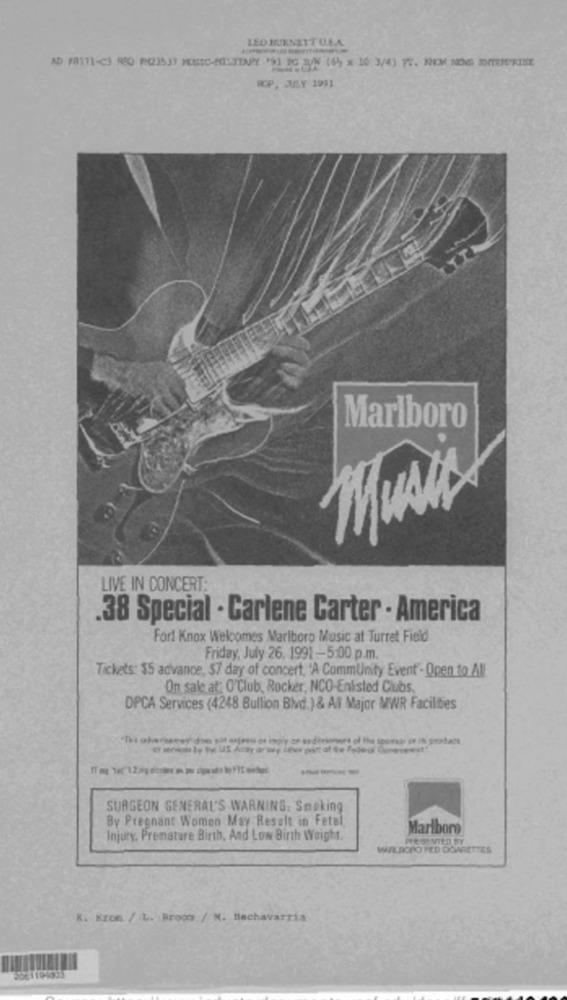
LED BURNETTU.S.A.
AD 18111-C3 RCO PM2353) HEHEC-MILITARY 191 1G /% (65 × 10: 3/4) 72. NEM NOG 2TE/CKIHE
ROP, JULY 1991
Marlboro
LIVE IN CONCERT:
38 Special · Carlene Carter . America
Fort Knox Welcomes Marlboro Music at Turret Field
Friday, July 26, 1991-5:00 p.m.
Tickets: $5 advance, $7 day of concert, "A Community Event - Open to All
On sale at: O'Club, Rocker, NCO-Enlisted Clubs.
OPCA Services (4248 Bullion Blvd.) & Al Major MWR Facilities
---
SURGEON GENERAL'S WARNING: Smoking
By Pregnant Women May Result in Fetal
Marlboro
Injury, Premature Birth, And Low Birth Weight.
WOULDORO PED DOWIETTES
K. Bron / L. Broom / M. Hachavarria
5061104095